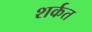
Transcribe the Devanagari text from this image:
शर्कत